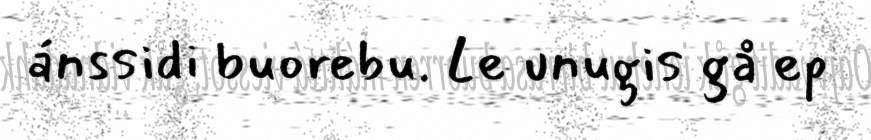
ánssidi buorebu. Le unugis gå ep